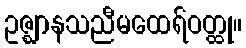
ဥဇ္ဈာနသညီမထေရ်ဝတ္ထု။